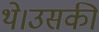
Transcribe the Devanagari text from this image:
थे।उसकी